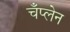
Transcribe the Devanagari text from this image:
चँप्लेन